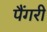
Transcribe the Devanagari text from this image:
पैंगरी